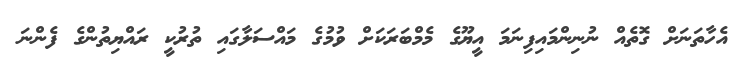
އެހާތަނަށް ގޮތެއް ނުނިންމައިފިނަމަ އީޔޫގެ މެމްބަރަކަށް ވުމުގެ މައްސަލާގައި ތުރުކީ ރައްޔިތުންގެ ފެންނަ